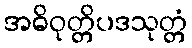
အဓိဝုတ္တိပဒသုတ္တံ